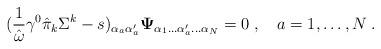
LaTeX: \begin{align*}({1\over\hat{\omega}}\gamma^0\hat{\pi}_k\Sigma^k-s)_{\alpha_a\alpha^\prime_a}{\bf\Psi}_{\alpha_1\ldots\alpha^\prime_a\ldots\alpha_N}=0\;,\quad a=1,\ldots,N\;.\end{align*}